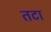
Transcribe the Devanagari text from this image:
तटा